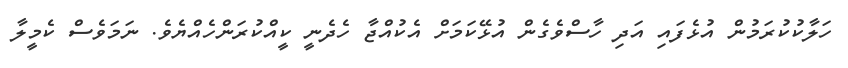
ހަލާކުކުރަމުން އުޅެފައި އަދި ހާސްވެގެން އުޅޭކަމަށް އެކުއްޖާ ހެދެނީ ކީއްކުރަންހެއްޔެވެ. ނަމަވެސް ކެމީލާ